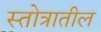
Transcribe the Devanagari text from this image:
स्तोत्रातील